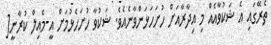
ތެރޭގައި އެ ޝަކުވާއެއް މި އިދާރާއަށް ހުށަހަޅަންވާނެއެވެ. ޝަކުވާ ހުށަހެޅުމަށް އީ-މެއިލް ކުރާނީ[